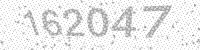
Solution: 162047